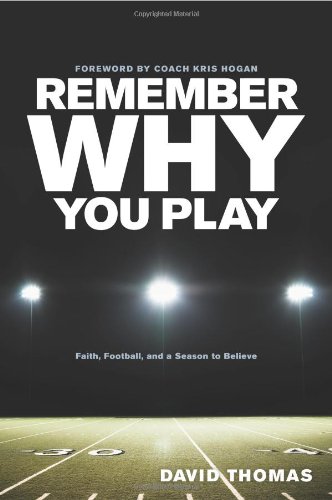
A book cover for Remember Why You Play: Faith, Football, and a Season to Believe; David Thomas; Sports & Outdoors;